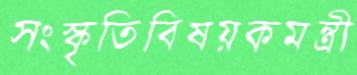
সংস্কৃতিবিষয়কমন্ত্রী